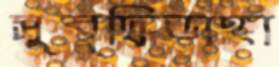
সুবুদ্ধিডাঙ্গা